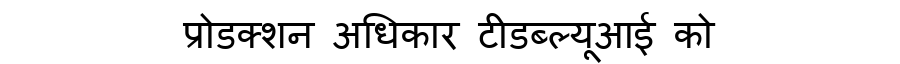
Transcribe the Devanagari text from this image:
प्रोडक्शन अधिकार टीडब्ल्यूआई को